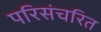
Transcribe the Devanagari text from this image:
परिसंचरित